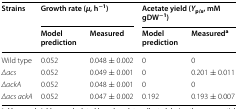
| <ROWSPAN=2> Strains | <COLSPAN=2> Growth rate (μ, h−1) | <COLSPAN=2> Acetate yield (Yp/x, mM gDW−1) |
 | Model prediction | Measured | Model prediction | Measureda |
 | --- | --- | --- | --- | --- |
 | Wild type | 0.052 | 0.048 ± 0.002 | 0 | 0 |
 | Δacs | 0.052 | 0.049 ± 0.001 | 0 | 0.201 ± 0.011 |
 | ΔackA | 0.052 | 0.048 ± 0.001 | 0 | 0 |
 | Δacs ackA | 0.052 | 0.047 ± 0.002 | 0.192 | 0.193 ± 0.007 |